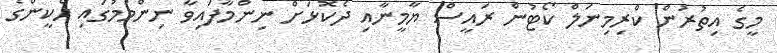
މީގެ އިތުރުން ކްރިމިނަލް ކޯޓުން ރައީސް ޔާމީނާއި ދެކޮޅަށް ނިންމާފައިވާ ނިންމުމުގައި ހެކީންގެ